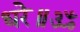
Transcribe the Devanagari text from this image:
धरे॥ॐ